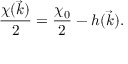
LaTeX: \frac { \chi ( \vec { k } ) } { 2 } = \frac { \chi _ { 0 } } { 2 } - h ( \vec { k } ) .